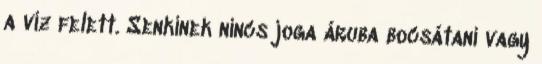
a víz felett. Senkinek nincs joga áruba bocsátani vagy